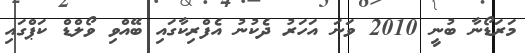
މަރަޑޯނާ ބުނީ 2010 ވަނަ އަހަރު ދެކުނު އެފްރިކާގައި ބޭއްވި ވޯލްޑް ކަޕްގައި